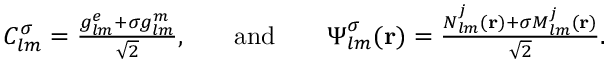
\begin{array} { r l r l r } { C _ { l m } ^ { \sigma } = \frac { { g _ { l m } ^ { e } + \sigma g _ { l m } ^ { m } } } { \sqrt { 2 } } , } & { } & { \mathrm { a n d } } & { } & { \boldsymbol { \Psi } _ { l m } ^ { \sigma } ( { \bf r } ) = \frac { { \boldsymbol { N } } _ { l m } ^ { j } ( { \bf r } ) + \sigma { \boldsymbol { M } } _ { l m } ^ { j } ( { \bf r } ) } { \sqrt { 2 } } . } \end{array}